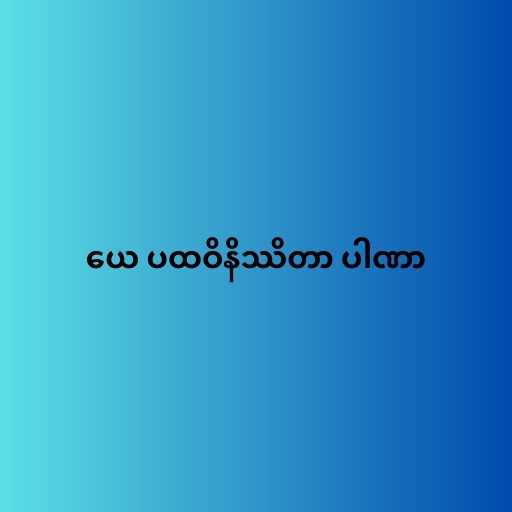
ယေ ပထဝိနိဿိတာ ပါဏာ